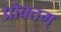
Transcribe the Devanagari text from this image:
प्रोक्तम्